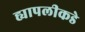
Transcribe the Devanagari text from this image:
ह्यापलीकडे